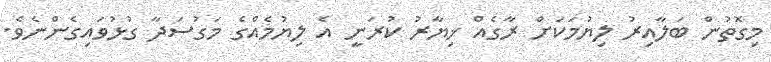
މިގޮތުން ބަލާއިރު ލިޔުމަކަށް ރާގެއް ޚިޔާރު ކުރަނީ އެ ލިޔުމެއްގެ މަގުސަދާ ގުޅުވައިގެންނެވެ.